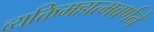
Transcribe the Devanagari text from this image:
व्यक्तिमहात्मवर्णने